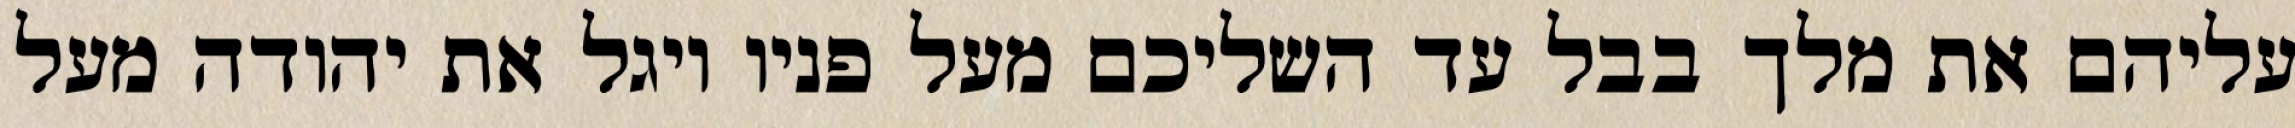
עליהם את מלך בבל עד השליכם מעל פניו ויגל את יהודה מעל